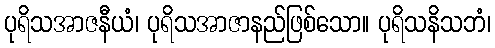
ပုရိသအာဇနီယံ၊ ပုရိသအာဇာနည်ဖြစ်သော။ ပုရိသနိသဘံ၊